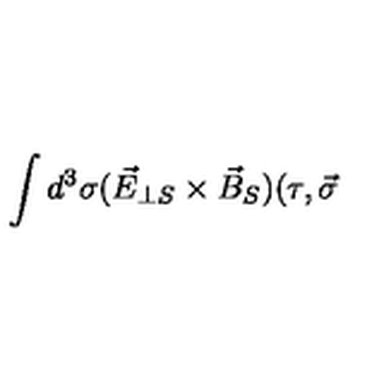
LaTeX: \int d ^ { 3 } \sigma ( \vec { E } _ { \perp S } \times \vec { B } _ { S } ) ( \tau , \vec { \sigma }